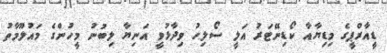
ޑީއާރްޕީގެ މިޑިޔާއާ ކޯޑިނޭޓަރު އަލީ ސޯލިހު ވިދާޅުވީ އަނިޔާ ލިބުނު މީހުންގެ މައުލޫމާތު